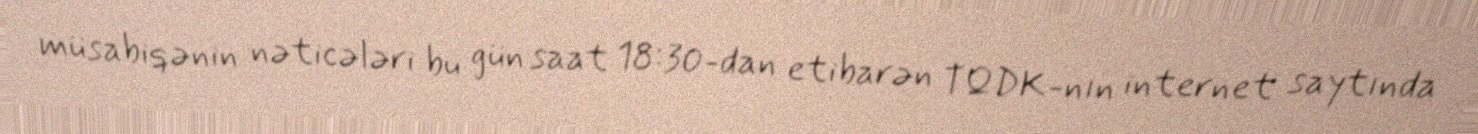
müsabiqənin nəticələri bu gün saat 18:30-dan etibarən TQDK-nın internet saytında